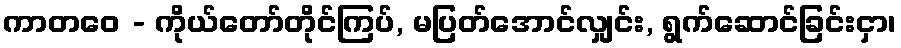
ကာတဝေ - ကိုယ်တော်တိုင်ကြပ်, မပြတ်အောင်လျှင်း, ရွက်ဆောင်ခြင်းငှာ၊